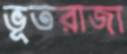
ভূতরাজা